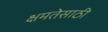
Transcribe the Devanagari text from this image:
क्षमतेसाठी